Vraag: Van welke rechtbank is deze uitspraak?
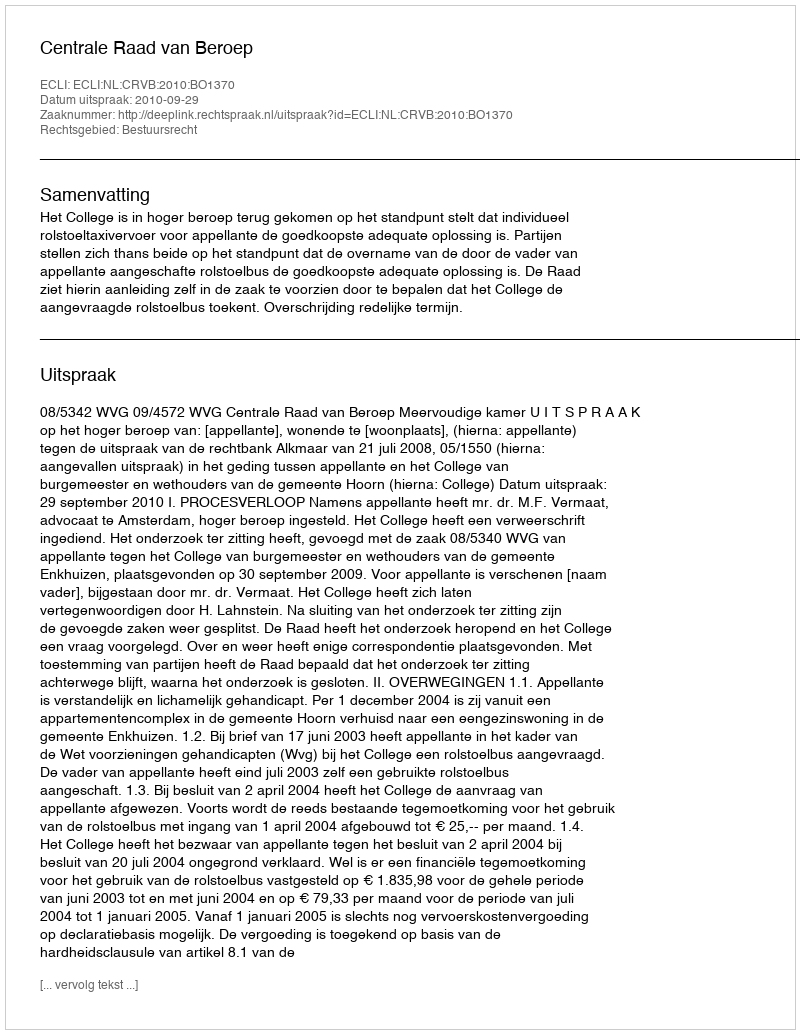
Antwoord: Centrale Raad van Beroep